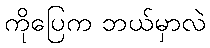
ကိုပြေက ဘယ်မှာလဲ